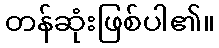
တန်ဆုံးဖြစ်ပါ၏။